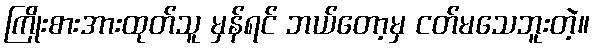
ကြိုးစားအားထုတ်သူ မှန်ရင် ဘယ်တော့မှ ငတ်မသေဘူးတဲ့။